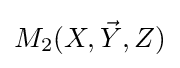
M_{2}(X,{\vec {Y}},Z)